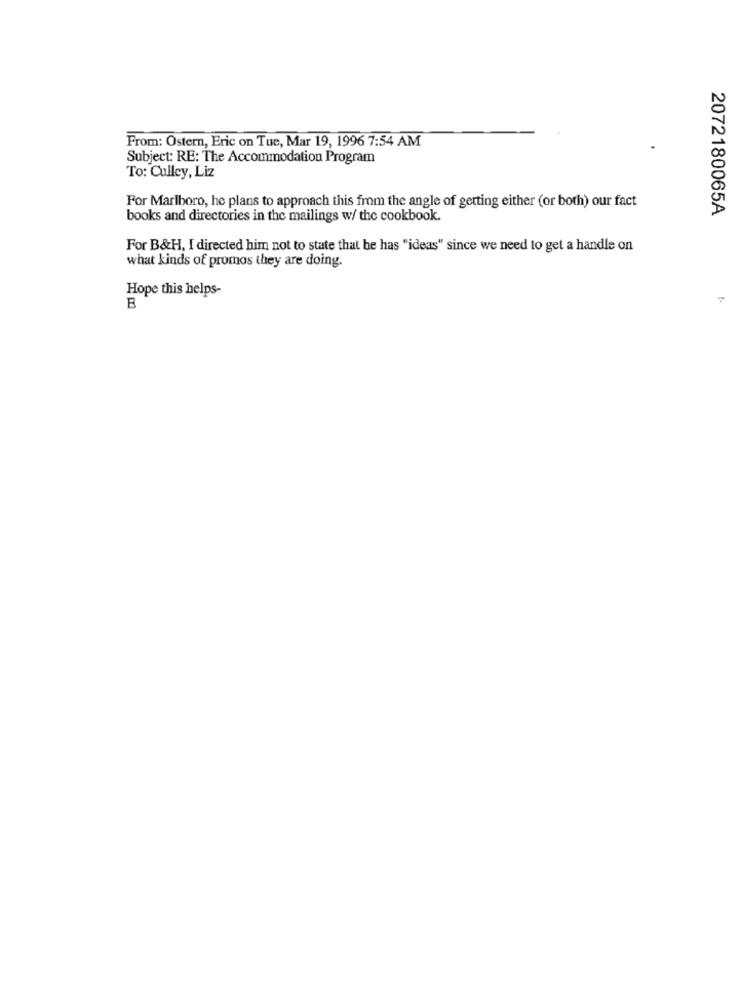
From: Ostern, Eric on Tue, Mar 19, 1996 7:54 AM
Subject: RE: The Accommodation Program
To: Culley, Liz
For Marlboro, he plans to approach this from the angle of getting either (or both) our fact
2072180065A
books and directories in the mailings w/ the cookbook.
For B&H, I directed him not to state that he has "ideas" since we need to get a handle on
what kinds of promos they are doing.
Hope this helps-
B